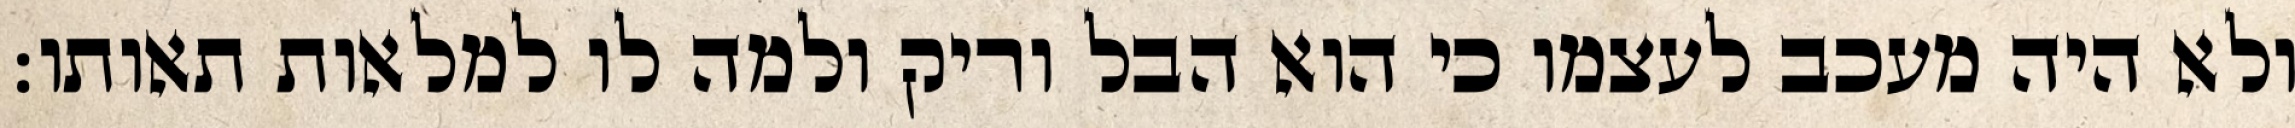
ולא היה מעכב לעצמו כי הוא הבל וריק ולמה לו למלאות תאותו: